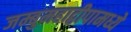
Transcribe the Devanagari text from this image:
जम्बुमहाद्वीपामध्ये